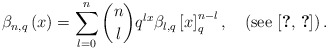
\begin{align*}\beta_{n,q}\left(x\right)=\sum_{l=0}^{n}\dbinom{n}{l}q^{lx}\beta_{l,q}\left[x\right]_{q}^{n-l},\quad\left(\mbox{see \cite{key-4,key-5}}\right).\end{align*}